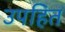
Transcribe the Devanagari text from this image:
उपहित